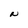
Character: N